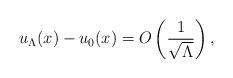
LaTeX: \begin{align*} u_\Lambda(x)-u_0(x)=O\left(\frac{1}{\sqrt{\Lambda}}\right),\end{align*}